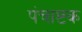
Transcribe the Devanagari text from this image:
पंचाष्टक